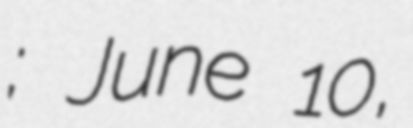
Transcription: Горшенин; June 10,